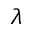
\lambda